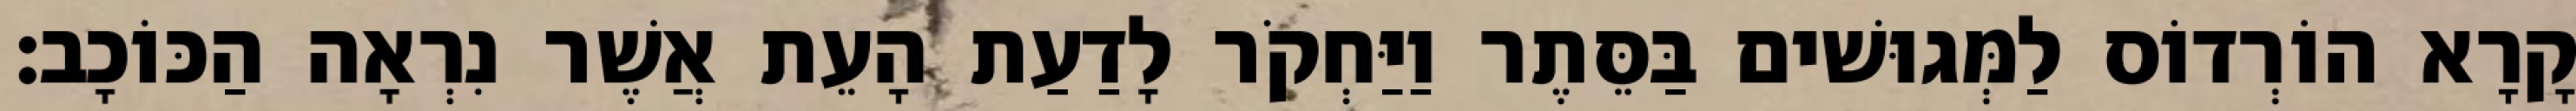
קָרָא הוֹרְדוֹס לַמְּגוּשׁים בַּסֵּתֶר וַיַּחְקֹר לָדַעַת הָעֵת אֲשֶׁר נִרְאָה הַכּוֹכָב׃